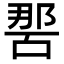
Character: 𭉔